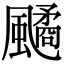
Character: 𩘻